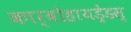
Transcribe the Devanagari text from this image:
कार्बोहायड्रेडस्